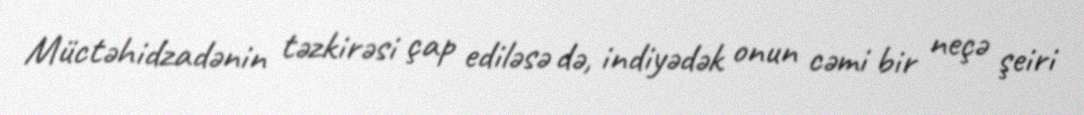
Müctəhidzadənin təzkirəsi çap ediləsə də, indiyədək onun cəmi bir neçə şeiri